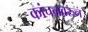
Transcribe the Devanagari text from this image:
कांचनवरुन